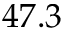
4 7 . 3